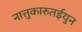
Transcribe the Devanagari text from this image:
नात्तुकारुतईयुन